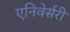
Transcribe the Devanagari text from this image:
एनिवेर्सरी